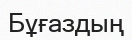
Бұғаздың